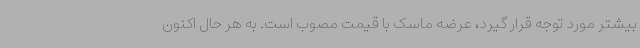
بیشتر مورد توجه قرار گیرد، عرضه ماسک با قیمت مصوب است. به هر حال اکنون